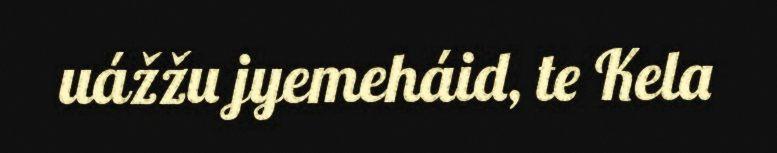
uážžu jyemeháid, te Kela